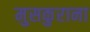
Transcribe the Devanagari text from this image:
मुसकुराना